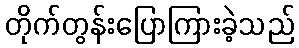
တိုက်တွန်းပြောကြားခဲ့သည်